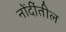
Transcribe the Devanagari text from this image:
नोंदींतील